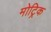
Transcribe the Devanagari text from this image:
मोट्रिक